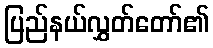
ပြည်နယ်လွှတ်တော်၏